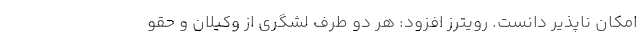
امکان ناپذیر دانست. رویترز افزود: هر دو طرف لشگری از وکیلان و حقو